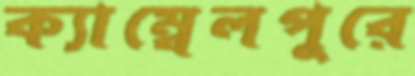
ক্যাম্বেলপুরে